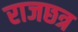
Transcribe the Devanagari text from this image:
राजछत्र